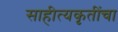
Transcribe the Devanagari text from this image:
साहीत्यकृतींचा